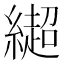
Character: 𰫳